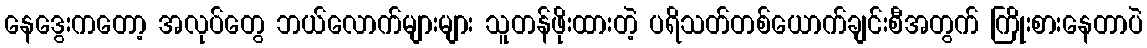
နေဒွေးကတော့ အလုပ်တွေ ဘယ်လောက်များများ သူတန်ဖိုးထားတဲ့ ပရိသတ်တစ်ယောက်ချင်းစီအတွက် ကြိုးစားနေတာပဲ